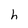
Character: h